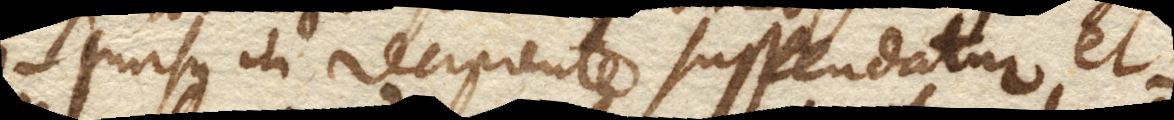
sursus in recipiente suspendatur et